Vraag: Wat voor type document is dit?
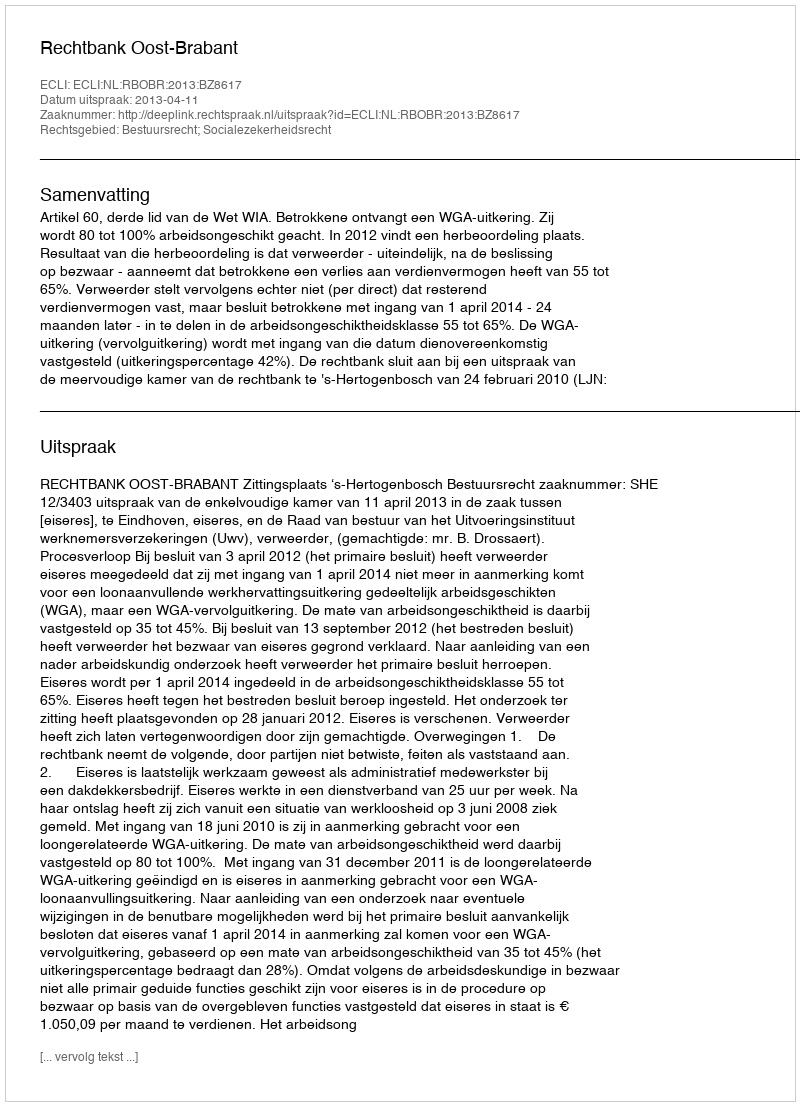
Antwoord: Uitspraak